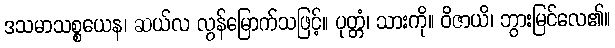
ဒသမာသစ္စယေန၊ ဆယ်လ လွန်မြောက်သဖြင့်။ ပုတ္တံ၊ သားကို။ ဝိဇာယိ၊ ဘွားမြင်လေ၏။